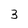
Character: 3